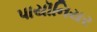
પાયૉનિયર